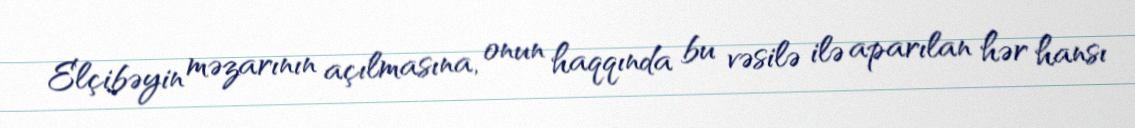
Elçibəyin məzarının açılmasına, onun haqqında bu vəsilə ilə aparılan hər hansı